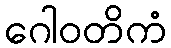
ဂေါဝတိကံ